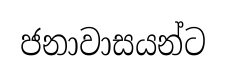
ජනාවාසයන්ට